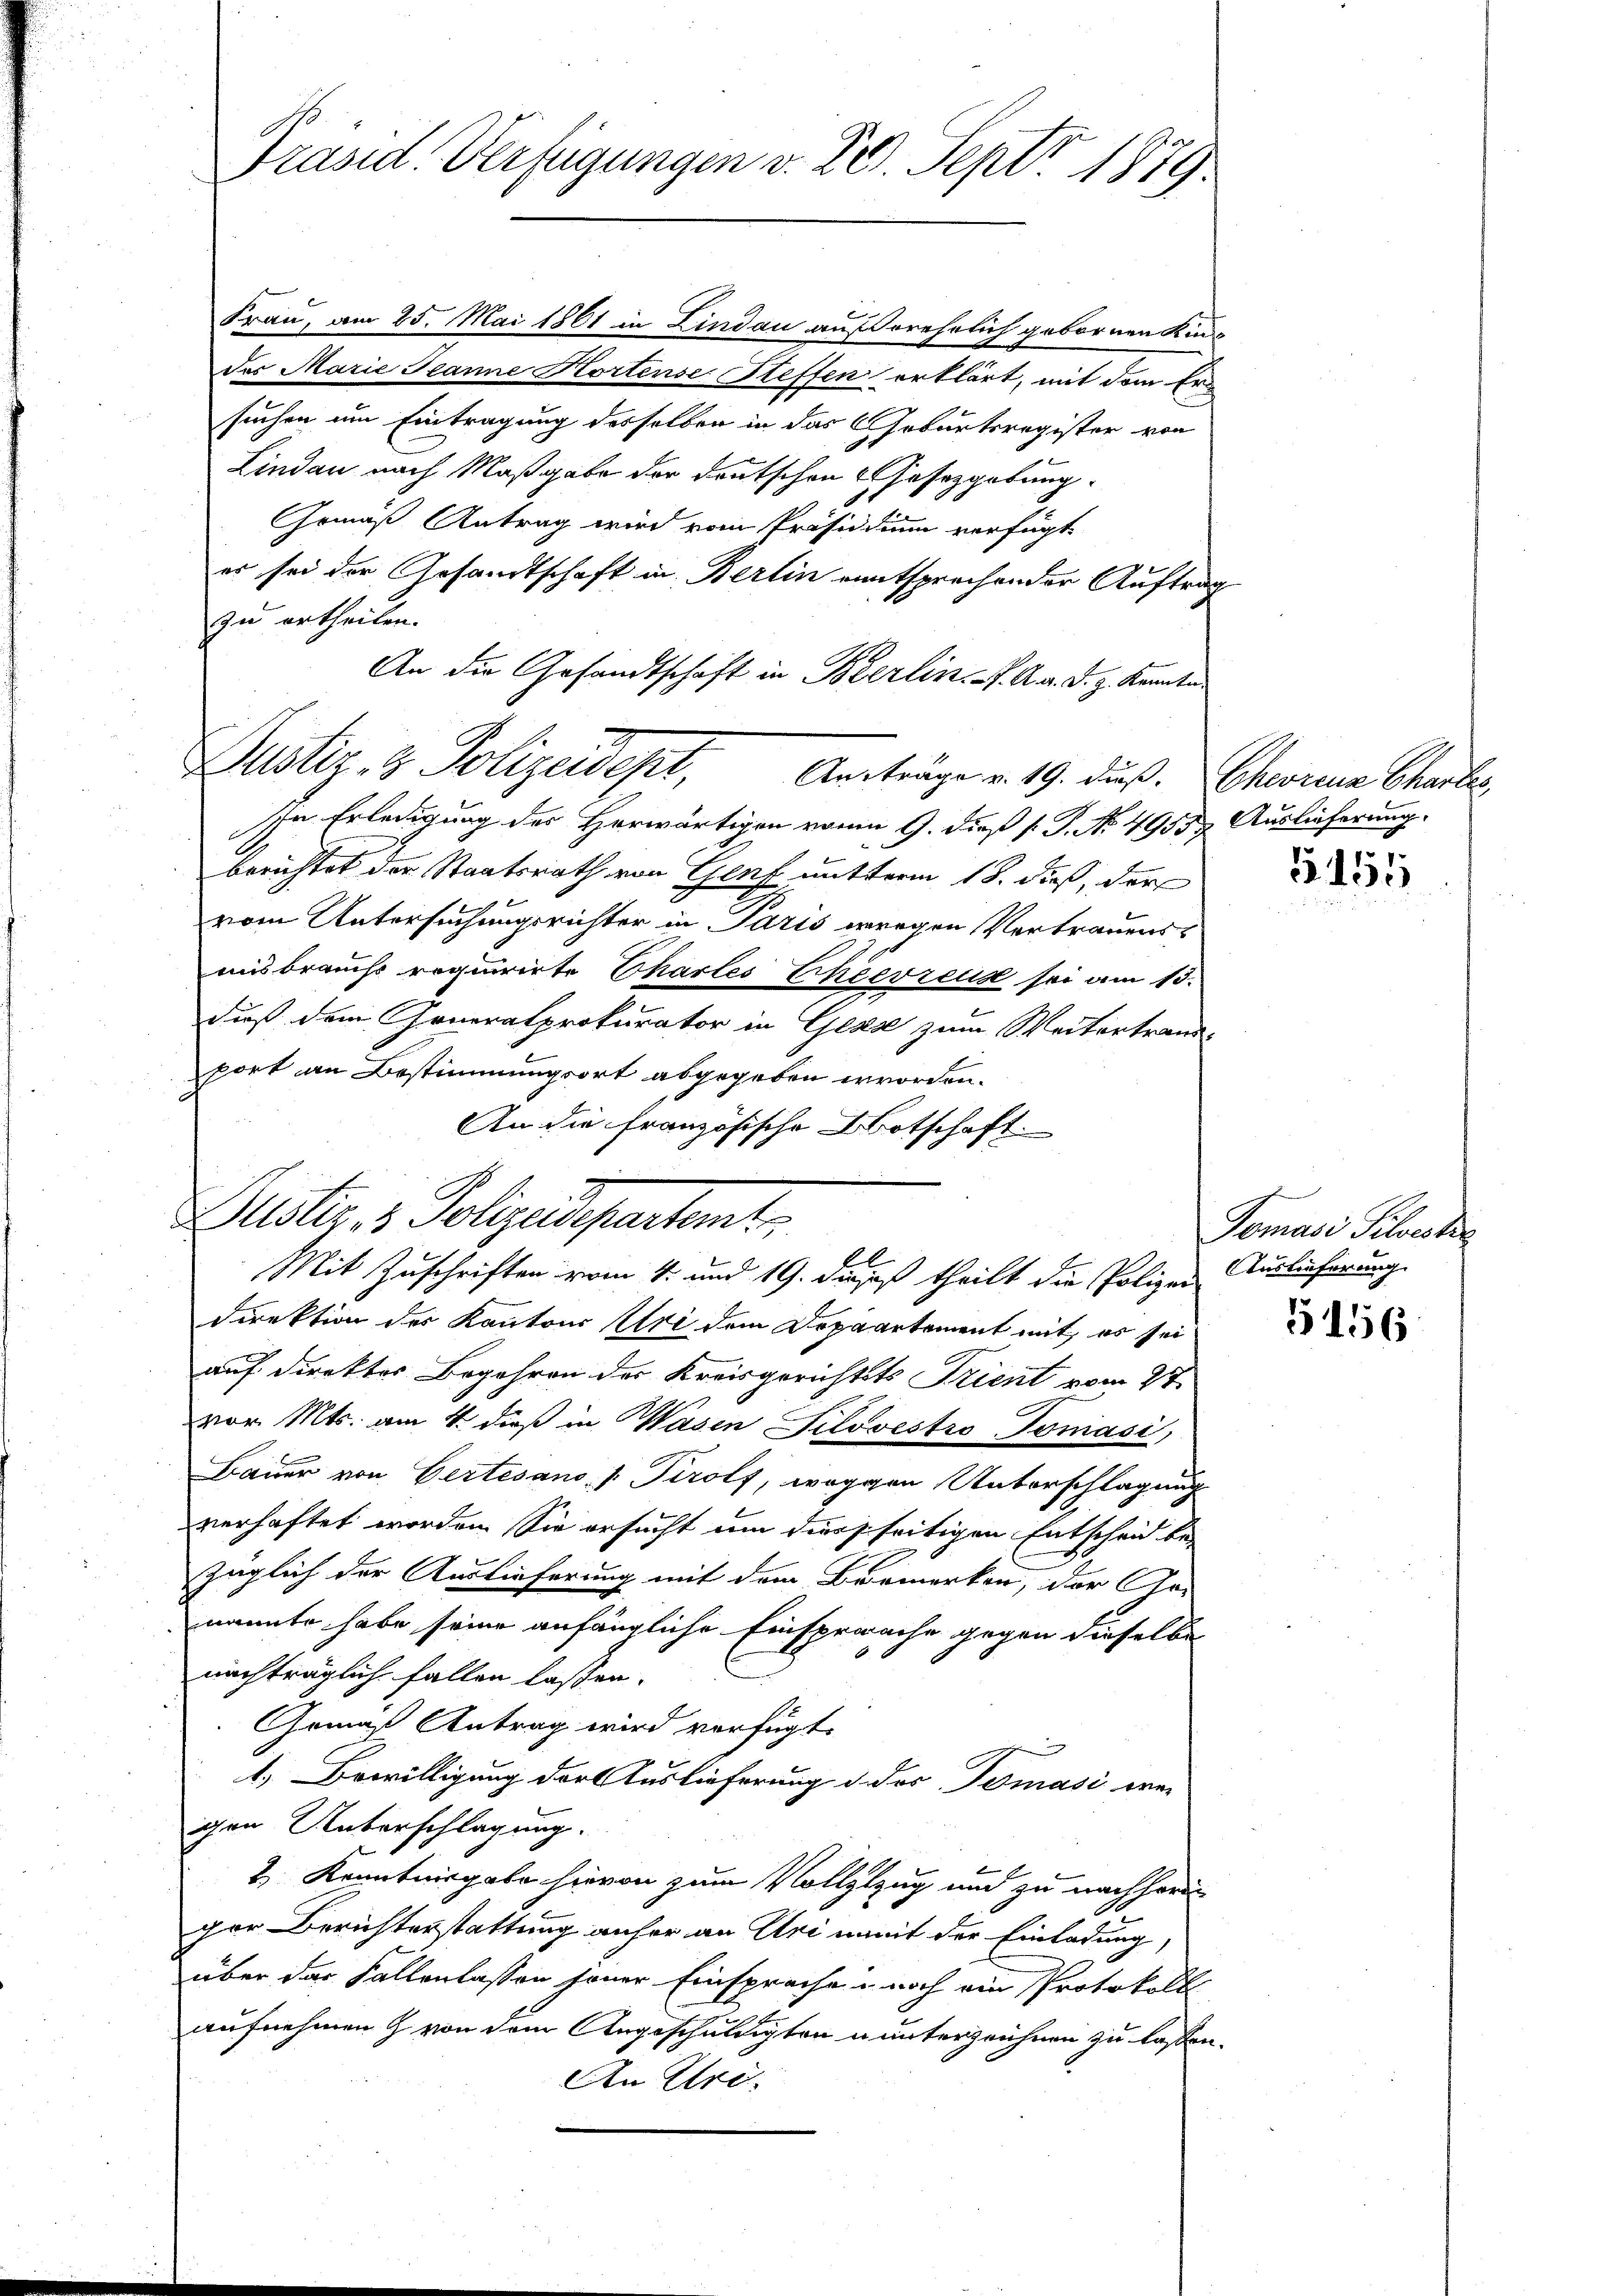
Präsid. Verfügungen v. 20. Sept 1879.

Frau, am 25. Mai 1861 in Lindau auf verehrlich gebornen Kinder Marie Jeanne Hortense Steffen erklärt, mit dem Ersuchen um Eintragung desselben in das Geburtsregister von
Lindau nach Maßgabe der deutschen Gesetzgebung.
Gemäß Antrag wird vom Präsidium verfügt
es sei der Gesandtschaft in Berlin eentsprechender Auftrag
zu ertheilen.
An die Gesandtschaft in Bierlin. J. A. v. d. z. Kannte
In Erledigung des Herwärtigen vom 9. dieß [ P. No. 49559. Auslieferung
Berichtet der Staatsrath von Genf mutterm 18. dieß, der
vom Untersuchungsrichter in Paris wegen Vertrauenss
ausbrauchs requirirte Charles Chierzeug sei am 15.
dieß dem Generalprokurator in Gesse zum Weitertrauport an Bestimmungsort abgegeben worden.
An die französische Botschaft.
Alster & Polizeidepartet
u
Mit Zuschriften vom 4. und 19. Junius theilt die Polizei Auslieferung
Direktion des Kantons Uri dem Departement mit, es sei
auf direktes Begehren der Kreisgerichtsts Trient vom 27.
vor. Mts. am 4. dieß in Wasen Pilovestro-Toniasi,
Bauer von Gertes ans. v. Tirolf, weggen Unterschlagung
verhaftet worden. Sie ersucht um diesseitigen Entscheid be-
züglich der Auslieferung mit dem Barmerken, der Ar-
nannte habe seine anfängliche Einsprache gegen dieselbe
nachträglich fallen lassen.
Gemäß Antrag wird verfügt.
1.) Bewilligung der Auslieferung d. des Tomasi war
gen Unterschlagung.
2 Kenntnisgabe hievon zum Vollzlzug und zu nachheriger Berichterstattung anher an Uri mit der Einladung,
über das Fallenlassen jener Einsprache noch ein Protokoll
aufnehmen & von dem Angeschuldigten u unterzeichnen zu lassen.
An Uri.

Justiz- & Polizeidept, Anträge v. 19. dus. Chronina Charter

3151

Tomasi Silvester

5156